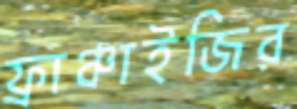
ফ্রাঞ্চাইজির